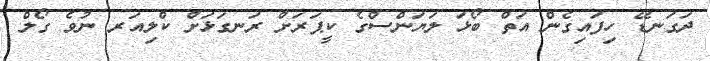
ދަގަނޑޭ ހިފައިގެން އަތް ބޯޅަ ލަޔަންސްގެ ކީޕަރަށް ރަނގަޅަށް ކްލިއަރ ނުވެ ގޯލް